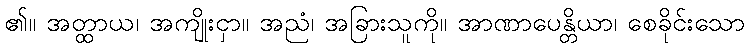
၏။ အတ္ထာယ၊ အကျိုးငှာ။ အညံ၊ အခြားသူကို။ အာဏာပေန္တိယာ၊ စေခိုင်းသော